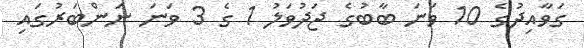
ގަވާއިދުގެ 10 ވަނަ ބާބުގެ ޖަދުވަލު 1 ގެ 3 ވަނަ ނަންބަރުގައި